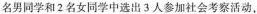
名男同学和2名女同学中选出3人参加社会考察活动。